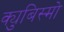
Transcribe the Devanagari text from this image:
क्युबिस्मो